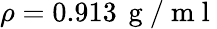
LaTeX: \rho=0.913\, \mathrm{~g~/~m~l~}